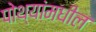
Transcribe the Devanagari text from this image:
पोथ्यांमधील